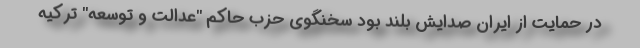
در حمایت از ایران صدایش بلند بود سخنگوی حزب حاکم "عدالت و توسعه" ترکیه